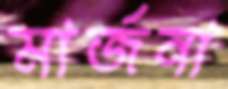
মার্জনা